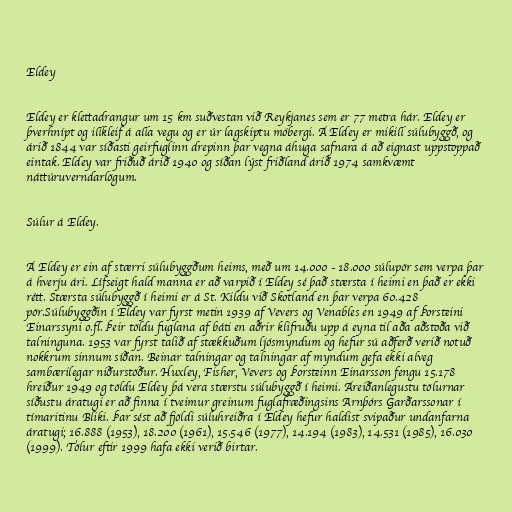
Eldey

Eldey er klettadrangur um 15 km suðvestan við Reykjanes sem er 77 metra hár. Eldey er
þverhnípt og illkleif á alla vegu og er úr lagskiptu móbergi. Á Eldey er mikill súlubyggð, og
árið 1844 var síðasti geirfuglinn drepinn þar vegna áhuga safnara á að eignast uppstoppað
eintak. Eldey var friðuð árið 1940 og síðan lýst friðland árið 1974 samkvæmt
náttúruverndarlögum.

Súlur á Eldey.

Á Eldey er ein af stærri súlubyggðum heims, með um 14.000 - 18.000 súlupör sem verpa þar
á hverju ári. Lífseigt hald manna er að varpið í Eldey sé það stærsta í heimi en það er ekki
rétt. Stærsta súlubyggð í heimi er á St. Kildu við Skotland en þar verpa 60.428
pör.Súlubyggðin í Eldey var fyrst metin 1939 af Vevers og Venables en 1949 af Þorsteini
Einarssyni o.fl. Þeir töldu fuglana af báti en aðrir klifruðu upp á eyna til aða aðstoða við
talninguna. 1953 var fyrst talið af stækkuðum ljósmyndum og hefur sú aðferð verið notuð
nokkrum sinnum síðan. Beinar talningar og talningar af myndum gefa ekki alveg
sambærilegar niðurstöður. Huxley, Fisher, Vevers og Þorsteinn Einarsson fengu 15.178
hreiður 1949 og töldu Eldey þá vera stærstu súlubyggð í heimi. Áreiðanlegustu tölurnar
síðustu áratugi er að finna í tveimur greinum fuglafræðingsins Arnþórs Garðarssonar í
tímaritinu Bliki. Þar sést að fjöldi súluhreiðra í Eldey hefur haldist svipaður undanfarna
áratugi; 16.888 (1953), 18.200 (1961), 15.546 (1977), 14.194 (1983), 14.531 (1985), 16.030
(1999). Tölur eftir 1999 hafa ekki verið birtar.